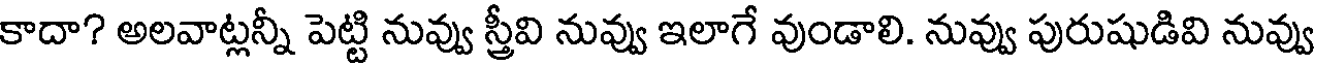
కాదా? అలవాట్లన్నీ పెట్టి నువ్వు స్త్రీవి నువ్వు ఇలాగే వుండాలి. నువ్వు పురుషుడివి నువ్వు